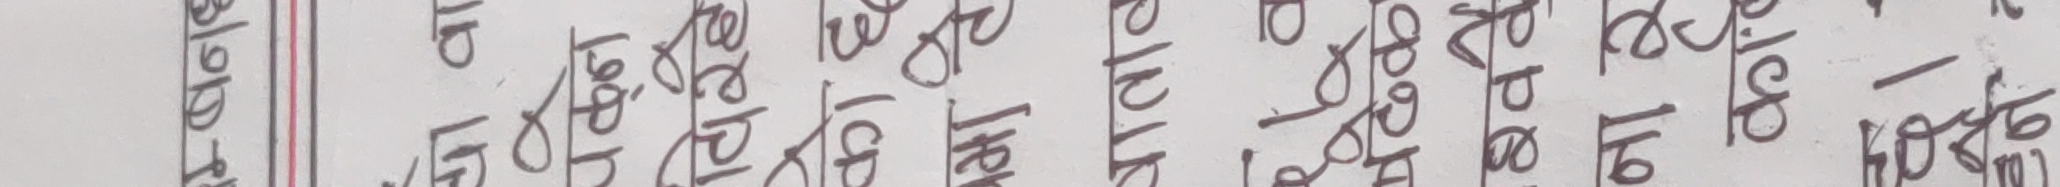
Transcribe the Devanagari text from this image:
म्बनध
या वा
a
पढ़ने
विरहे
को छ
बमा ते
वाताल
बढ़क
श्ववै
नार
काले